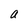
Character: a